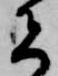
者